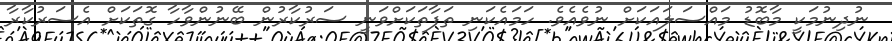
ނުދިނުމަކީ މާބޮޑު މައްސަލައަކަށް ނުވެއެވެ. ހަމައެކަނި ތަފާތަކަށްވަނީ ސަރުކާރުން ބޭނުންވާހާ ގޮތަކަށް އެސަރުކާރާ